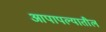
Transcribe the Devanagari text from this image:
आपापल्यातील